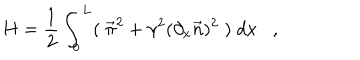
H = \frac { 1 } { 2 } \int _ { 0 } ^ { L } ( \; \vec { \pi } ^ { 2 } + { \gamma } ^ { 2 } ( \partial _ { x } \vec { n } ) ^ { 2 } \; ) \; d x ,